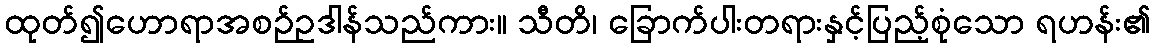
ထုတ်၍ဟောရာအစဉ်ဥဒါန်သည်ကား။ သီတိ၊ ခြောက်ပါးတရားနှင့်ပြည့်စုံသော ရဟန်း၏